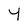
Character: 4